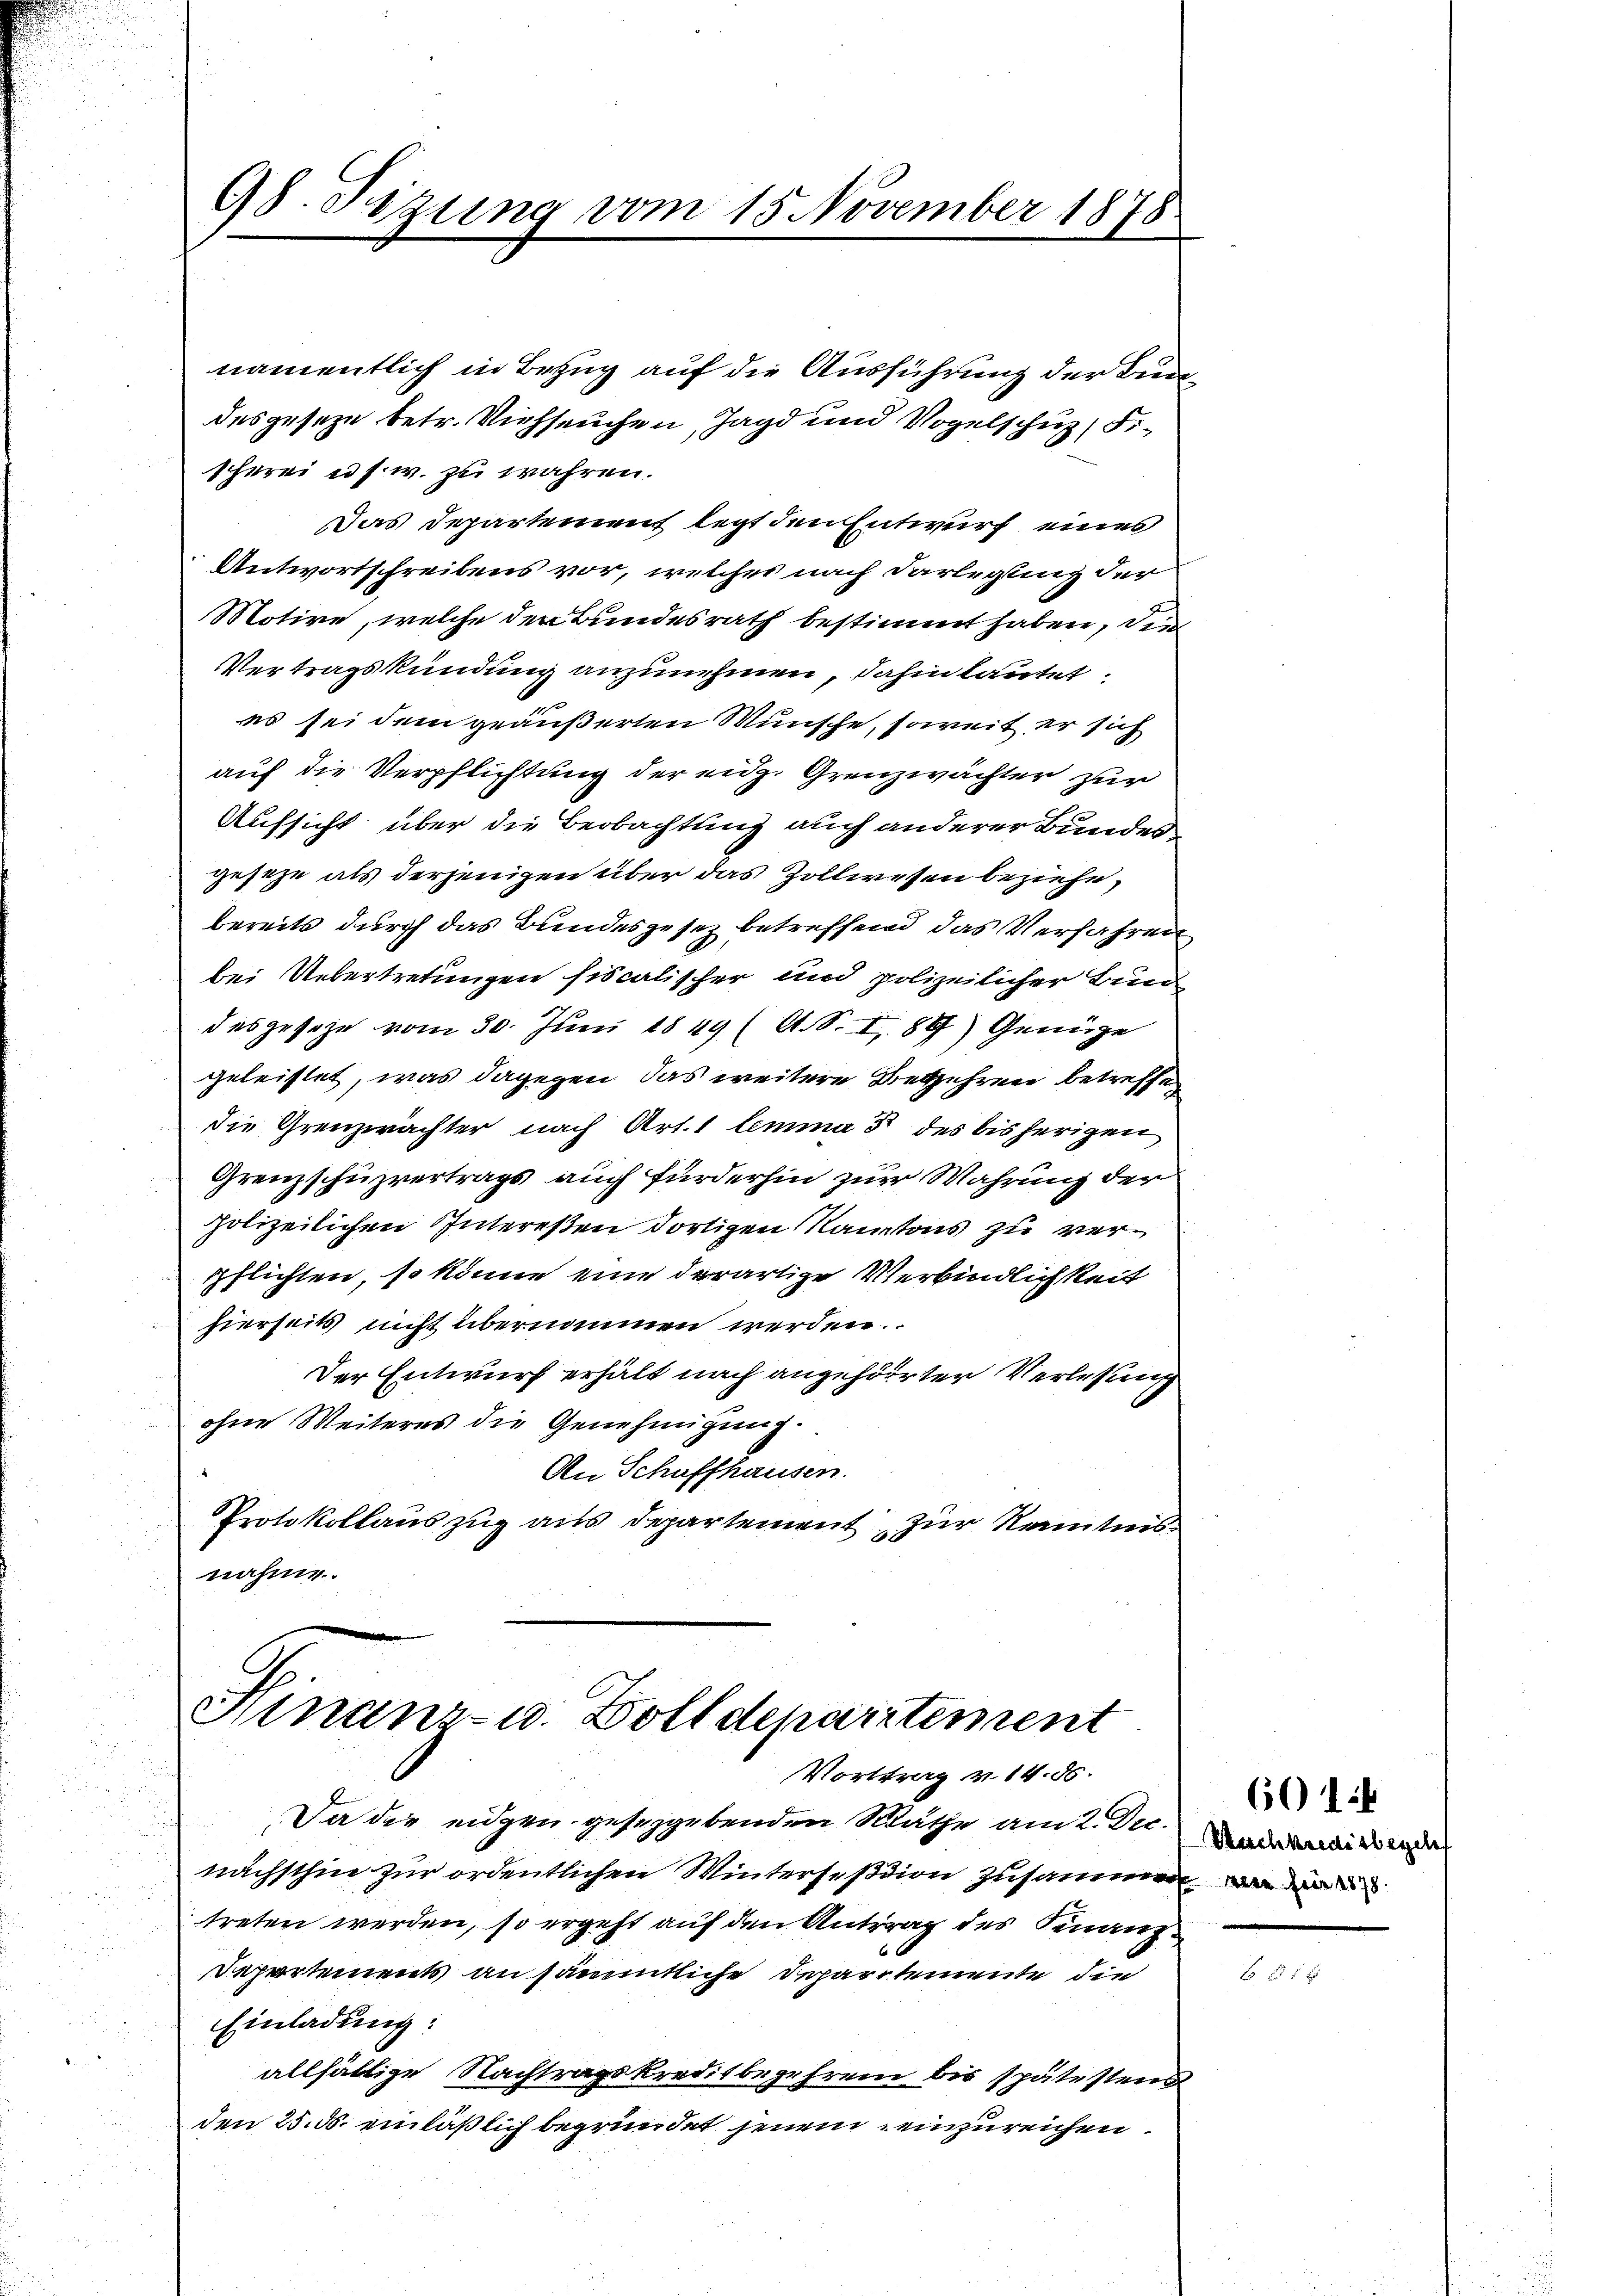
namentlich in Bezug auf die Ausführung der Bundesgeseze betr. Viehseuchen, Jagd und Vogelschuz, Fischerei u. s. w. zu wahren.
Das Departement legt den Entwurf eines
Antwortschreibens vor, welches nach Darlegung der
Motire, welche den Bundesrath bestimmt haben, die
Vertragskündung anzunehmen, dahin lautet.
es sei dem geäußerten Wünsche, soweit er sich
auf die Verpflichtung der eidg. Grenzwächter zur
Aufsicht über die Beobachtung auch anderer Bundes
geseze als derjenigen über das Zollwesen beziehe,
bereits durch das Bundesgesez betreffend das Verfahren
bei Uebertretungen fiscalischer und polizeilicher Bun
desgeseze vom 30. Juni 1849 (A. S. I, 89) Genüge
geleistet, was dagegen das weitere Begehren betreffen
die Grenzwächter nach Art. 1 lemma 3 des bisherigen
Grenzschuzvertrags auch fürderhin zur Wahrung der
polizeilichen Intereßen dortigen Kantons zu verpflichten, so könne eine derartige Verbindlichkeit
hierseits nicht übernommen werden.
Der Entwurf erhält nach angehörter Verlesung
ohne Weiteres die Genehmigung.
An Schaffhausen.
Protokollauszug aus Departement zur Kenntnis
nahme.

98. Sizung vom 15. November 1878.

Hinanz- u. Zolldeparitement
Vorttrag v. 14. 86.

Da die eidgen geseggebenden Räthe am 2. Dec.
nächsthin zur ordentlichen Wintersession zusammen
treten werden, so ergeht auf den Antrag des Finanz¬
Departements an sämmtliche Departemente die
Einladung:
allfältige Nachtragskreditbegehren bis spätestens
den 25. ds. einläßlich begründet jenem einzureichen.

601:4
Nachkredisbegeh